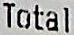
TOTAL